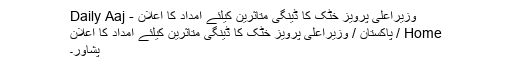
وزیراعلیٰ پرویز خٹک کا ڈینگی متاثرین کیلئے امداد کا اعلان - Daily Aaj
Home / پاکستان / وزیراعلیٰ پرویز خٹک کا ڈینگی متاثرین کیلئے امداد کا اعلان
پشاور۔